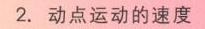
2. 动点运动的速度